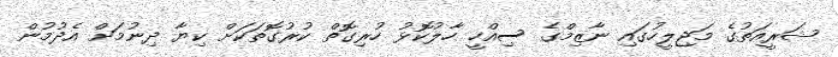
ޝަރީއަތުގެ މަޖިލީހުގައި ނާޒިމްގެ ސިއްހީ ހާލުކޮޅު ހުރިގޮތް ކުރުގޮތަކަށް ކިޔާ ދިނުމަށް އެދުމުން